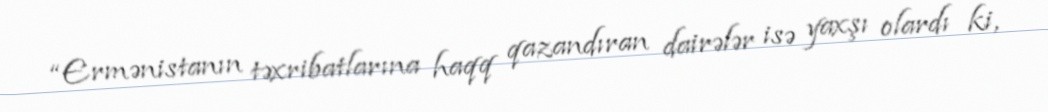
“Ermənistanın təxribatlarına haqq qazandıran dairələr isə yaxşı olardı ki,